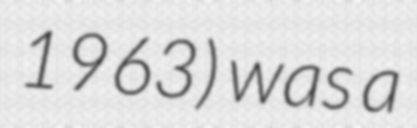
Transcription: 1963) was a